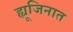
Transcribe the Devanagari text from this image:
ह्यूजिनात